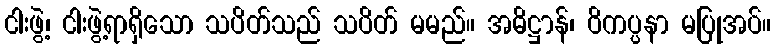
ငါးဖွဲ့၊ ငါးဖွဲ့ရာရှိသော သပိတ်သည် သပိတ် မမည်။ အဓိဋ္ဌာန်၊ ဝိကပ္ပနာ မပြုအပ်။